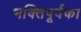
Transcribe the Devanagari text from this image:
भक्तिपूर्वका